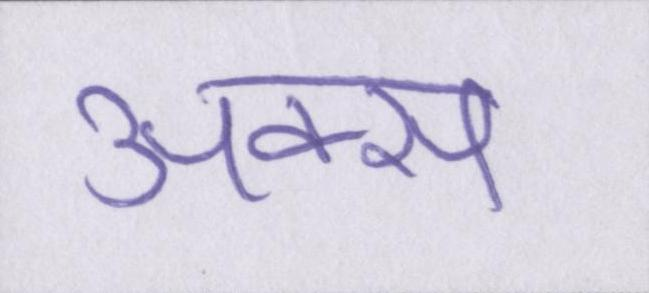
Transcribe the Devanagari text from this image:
अक्स